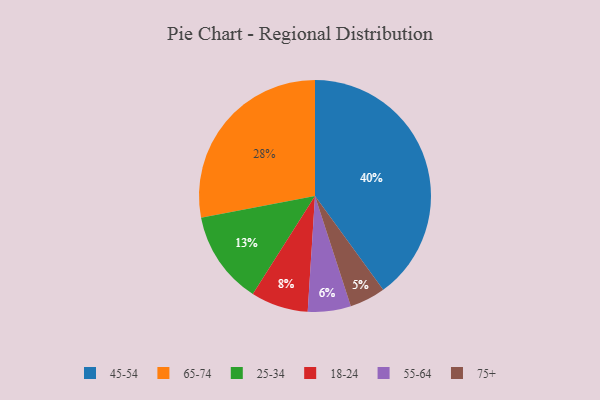
{"axis": {"x": "Category", "y": "Percentage"}, "legend": ["18-24", "25-34", "45-54", "55-64", "65-74", "75+"], "data": [{"x": "18-24", "y": 8, "type": "18-24"}, {"x": "25-34", "y": 13, "type": "25-34"}, {"x": "75+", "y": 5, "type": "75+"}, {"x": "55-64", "y": 6, "type": "55-64"}, {"x": "65-74", "y": 28, "type": "65-74"}, {"x": "45-54", "y": 40, "type": "45-54"}]}